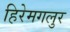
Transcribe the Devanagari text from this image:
हिरेमगलुर